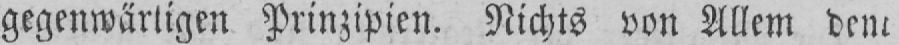
gegenwärtigen Prinzipien. Nichts von Allem dem